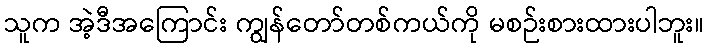
သူက အဲ့ဒီအကြောင်း ကျွန်တော်တစ်ကယ်ကို မစဉ်းစားထားပါဘူး။